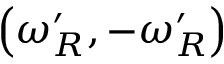
\left( \omega _ { R } ^ { \prime } , - \omega _ { R } ^ { \prime } \right)